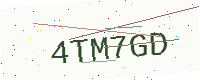
Text: 4TM7GD